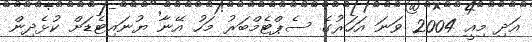
އަދި މިއީ 2004 ވަނަ އަހަރުގެ ސެޕްޓެމްބަރު މަހު އޭނާ ޔުނައިޓެޑަށް ކުޅެދިން